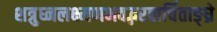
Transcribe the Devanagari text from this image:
शत्रुघ्नलक्ष्मणभवद्भरतार्चिताङ्घ्रे